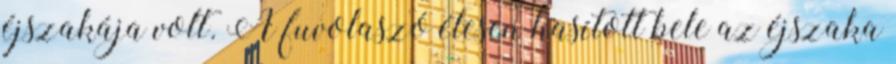
éjszakája volt. A fuvolaszó élesen hasított bele az éjszaka